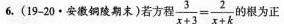
6.(19-20·安铜陵期末)若方程$$\frac { 3 } { x + 3 } = \frac { 2 } { x + k }$$ 根为正